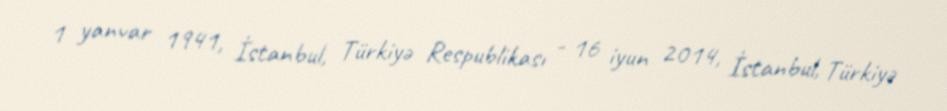
1 yanvar 1941, İstanbul, Türkiyə Respublikası - 16 iyun 2014, İstanbul, Türkiyə